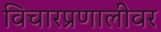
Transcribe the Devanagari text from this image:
विचारप्रणालीवर